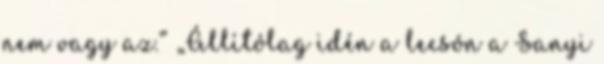
nem vagy az.” „Állítólag idén a lecsón a Sanyi